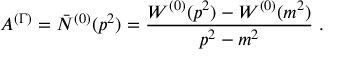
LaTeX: { \cal A } ^ { ( \Gamma ) } = \bar { N } ^ { ( 0 ) } ( p ^ { 2 } ) = \frac { W ^ { ( 0 ) } ( p ^ { 2 } ) - W ^ { ( 0 ) } ( m ^ { 2 } ) } { p ^ { 2 } - m ^ { 2 } } \; .